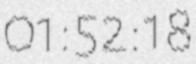
01:52:18